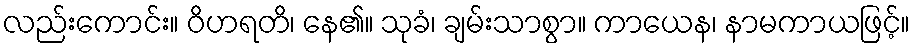
လည်းကောင်း။ ဝိဟရတိ၊ နေ၏။ သုခံ၊ ချမ်းသာစွာ။ ကာယေန၊ နာမကာယဖြင့်။